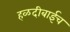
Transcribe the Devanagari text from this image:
हळदीबाईच